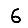
Digit: 6